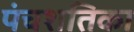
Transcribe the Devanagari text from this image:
पंचशतिका